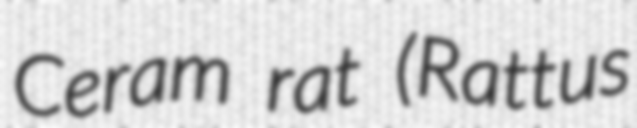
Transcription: Ceram rat (Rattus